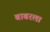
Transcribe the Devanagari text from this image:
बाबरला